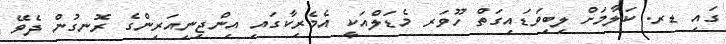
ގައި ޑރ. ކަލާމަށް ލިބިވަޑައިގަތް ހޫވަރ މެޑަލްއަކީ އެމެރިކާގައި އިންޖިނިއަރިންގެ ރޮނގުން ދެވޭ